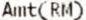
AMT(RM)